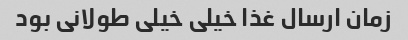
زمان ارسال غذا خیلی خیلی طولانی بود